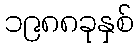
၁၉၈၈ခုနှစ်